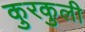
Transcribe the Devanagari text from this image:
कुरकुली